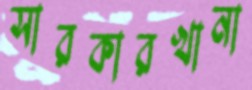
সারকারখানা